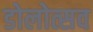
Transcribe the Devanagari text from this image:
डोलोत्सव